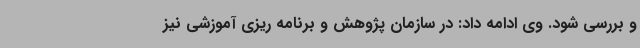
و بررسی شود. وی ادامه داد: در سازمان پژوهش و برنامه ریزی آموزشی نیز